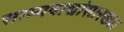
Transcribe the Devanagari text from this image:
साम्यवाद्यांसारख्पा